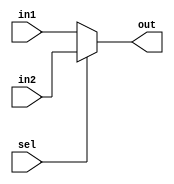
`timescale 1ns / 1ps
//////////////////////////////////////////////////////////////////////////////////
// Company:
// Engineer:
//
// Design Name:
// Module Name: Mux_TwotoOne
// Project Name:
// Target Devices:
// Tool Versions:
// Description:
//
// Dependencies:
//
// Revision:
// Revision 0.01 - File Created
// Additional Comments:
//
//////////////////////////////////////////////////////////////////////////////////


module Mux_TwotoOne32(sel, in1, in2, out);
	input  sel;
	input  [31:0]  in1;
	input  [31:0]  in2;
	output [31:0]  out;

	assign out = (sel) ? in2 : in1;
endmodule